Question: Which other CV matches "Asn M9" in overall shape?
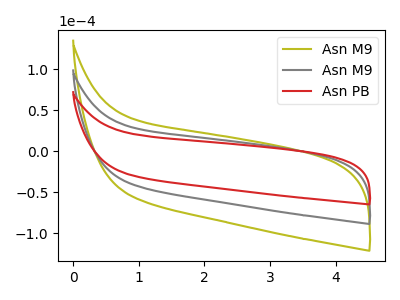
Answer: <think>The olive curve "Asn M9" has no peaks. The gray curve "Asn M9" has no peaks. The red curve "Asn PB" has no peaks.
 Neither "Asn M9" or "Asn M9" have any peaks. Neither "Asn M9" or "Asn PB" have any peaks. Neither "Asn M9" or "Asn PB" have any peaks.</think>
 <answer>"Asn M9" and "Asn M9" have a similar shape to "Asn PB".</answer>
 <eval>"Asn M9" "Asn M9"</eval>